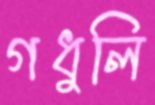
গধুলি